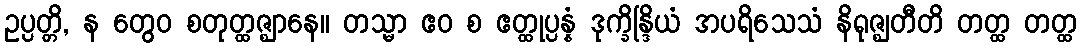
ဥပ္ပတ္တိ, န တွေဝ စတုတ္ထဇ္ဈာနေ။ တသ္မာ ဧဝ စ ဧတ္ထုပ္ပန္နံ ဒုက္ခိန္ဒြိယံ အပရိသေသံ နိရုဇ္ဈတီတိ တတ္ထ တတ္ထ